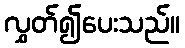
လွှတ်၍ပေးသည်။